Civil Veterinary Department. United Provinces 1912-22 - 1912-1922
Year: 1912
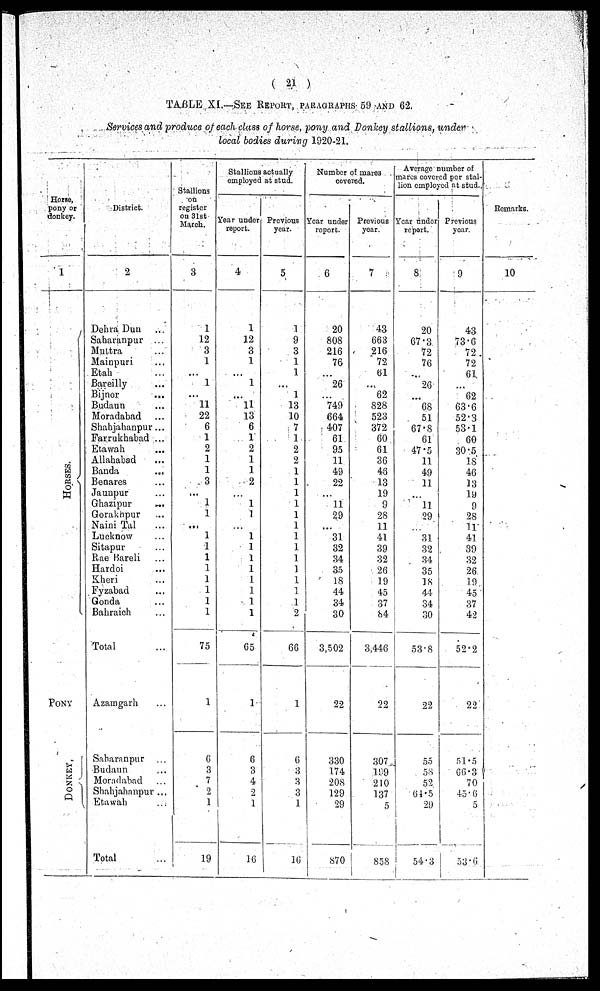
(21)
TABLE XI.—SEE REPORT, PARAGRAPHS 59 AND 62.
Services and produce of each class of horse, pony and Donkey stallions, under
local bodies during 1920-21.
Horse,
pony or
donkey.
1
HORSES.
PONY
DONKEY.
District.
2
Dehra Dun ...
Saharanpur ...
Muttra ...
Mainpuri ....
Etah ...
Bareilly ...
Bijnor
...
Budaun ...
Moradabad ...
Shahjahanpur...
Farrukhabad ...
Etawah ...
Allahabad ...
Banda ...
Benares ...
Jaunpur ...
Ghazipur ...
Gorakhpur ...
Naini Tal
...
Lucknow
...
Sitapur
...
Rae Bareli ...
Hardoi ...
Kheri ...
Fyzabad ...
Gonda ...
Bahraich ...
Total ...
Azamgarh ...
Saharanpur ...
Budaun ...
Moradabad ...
Shahjahanpur ...
Etawah ...
Total ...
Stallions
on
register
on 31st-
March.
3
1
12
3
1
...
1
...
11
22
6
1
2
1
1
3
...
1
1
...
1
1
1
1
1
1
1
1
75
1
6
3
7
2
1
19
Stallions actually
employed at stud.
Year under
report.
4
1
12
3
1
...
1
...
11 13
6
1 2
1
1
2
...
1
1
...
1
1
1
1
1
1
1
1
65
1
6
3
4
2
1
16
Previous
year.
5
1
9
3
1
1
...
1
13
10
7
1
2
2
1
1
1
1
1
1
1
1
1
1
1
1
1
2
60
1
6
3
3
3
1
16
Number of
mares
covered.
Year under
report.
6
20
808
216
76
...
26
...
749
664
407
61
95
11
49
22
...
11
29
...
31
32
34
35
18
44
34
30
3,502
22
330
174
208
129
29
870
Previous
year.
7
43
663
216
72
61
...
62
828
523
372
60
61
36
46
13
19
9
28
11
41
39
32
26
19
45
37
84
3,446
22
307
199
210
137
5
858
Average number of
mares covered per stal-
lion employed at stud-
Year under
report.
8
20
67.3
72
76
...
26
...
68
51
67.8
61
47.5
11
49
11
...
11
29
...
31
32
34
35
18
44
34
30
53.8
22
55
58
52
64.5
29
54.3
Previous
year.
9
43
73.6
72
72
61
...
62
63.6
52.3
53.1
60
30.5
18
46
13
19
9
28
11
41
39
32
26
19
45
37
42
52.2
22
51.5
66.3
70
45.6
5
53.6
Remarks.
10